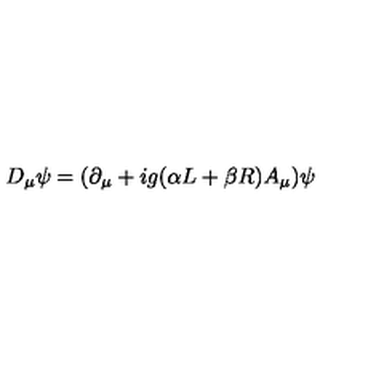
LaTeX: D _ { \mu } \psi = ( \partial _ { \mu } + i g ( \alpha L + \beta R ) A _ { \mu } ) \psi